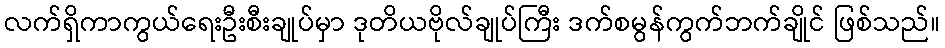
လက်ရှိကာကွယ်ရေးဦးစီးချုပ်မှာ ဒုတိယဗိုလ်ချုပ်ကြီး ဒက်စမွန်ကွက်ဘက်ချိုင် ဖြစ်သည်။